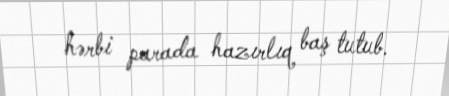
hərbi parada hazırlıq baş tutub.